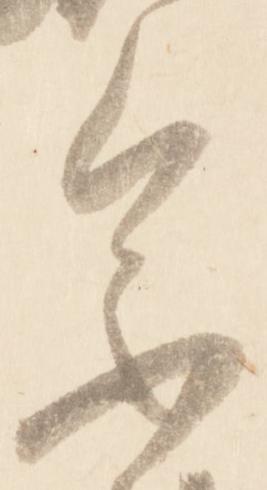
参